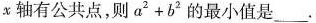
轴有公共点，则$$a ^ { 2 } + b ^ { 2 }$$的最小值是___.